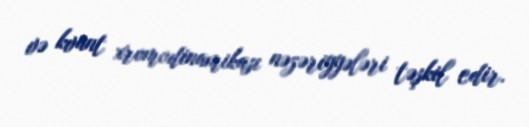
və kvant xromodinamikası nəzəriyyələri təşkil edir.